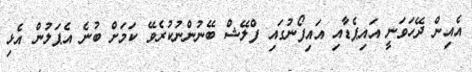
އެއިން ދޭހަވަނީ އައިޕެޑާއި އައިފޯނުގައި ފްލޭޝް ބޭނުންނުކުރެވޭ ކަމަށް ބުނެ އެޕަލުން އެޅި